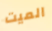
الميت